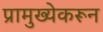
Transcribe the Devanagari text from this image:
प्रामुख्येकरून